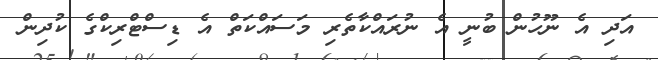
އަދި އެ ނޫހުން ބުނީ އެެ ނުރައްކާތެރި މަސައްކަތް އެ ޑިސްޓްރިކްގެ ކުދިން